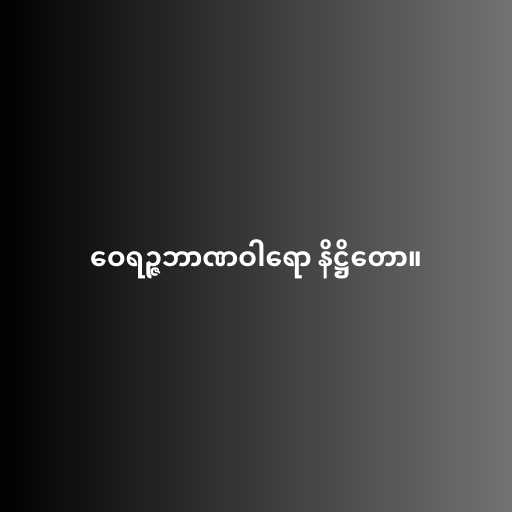
ဝေရဉ္ဇဘာဏဝါရော နိဋ္ဌိတော။